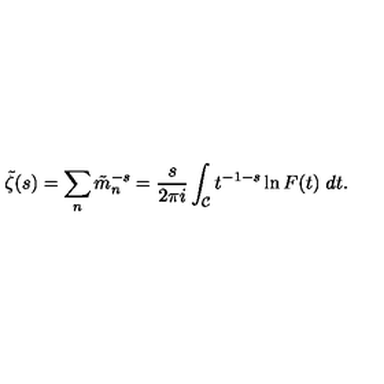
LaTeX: \tilde { \zeta } ( s ) = \sum _ { n } \tilde { m } _ { n } ^ { - s } = { \frac { s } { 2 \pi i } } \int _ { \cal C } t ^ { - 1 - s } \ln F ( t ) \ d t .